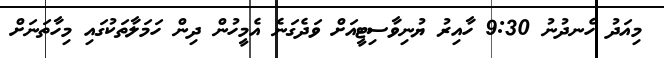
މިއަދު ހެނދުނު 9:30 ހާއިރު ޔުނިވާސިޓީއަށް ވަދެގަނެ އެމީހުން ދިން ހަމަލާތަކުގައި މިހާތަނަށް